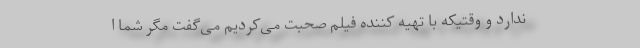
ندارد و وقتیکه با تهیه ‌کننده فیلم صحبت می‌کردیم می‌گفت مگر شما ا